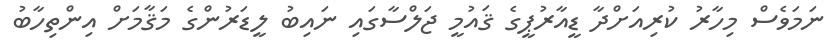
ނަމަވެސް މިހާރު ކުރިއަށްދާ ޑީއާރުޕީގެ ޤައުމީ ޖަލްސާގައި ނައިބު ލީޑަރުންގެ މަޤާމަށް އިންތިހާބު